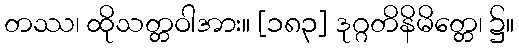
တဿ၊ ထိုသတ္တဝါအား။ [၁၈၃] ဒုဂ္ဂတိနိမိတ္တေ၊ ၌။